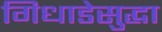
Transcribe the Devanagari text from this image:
गिधाडेसुद्धा